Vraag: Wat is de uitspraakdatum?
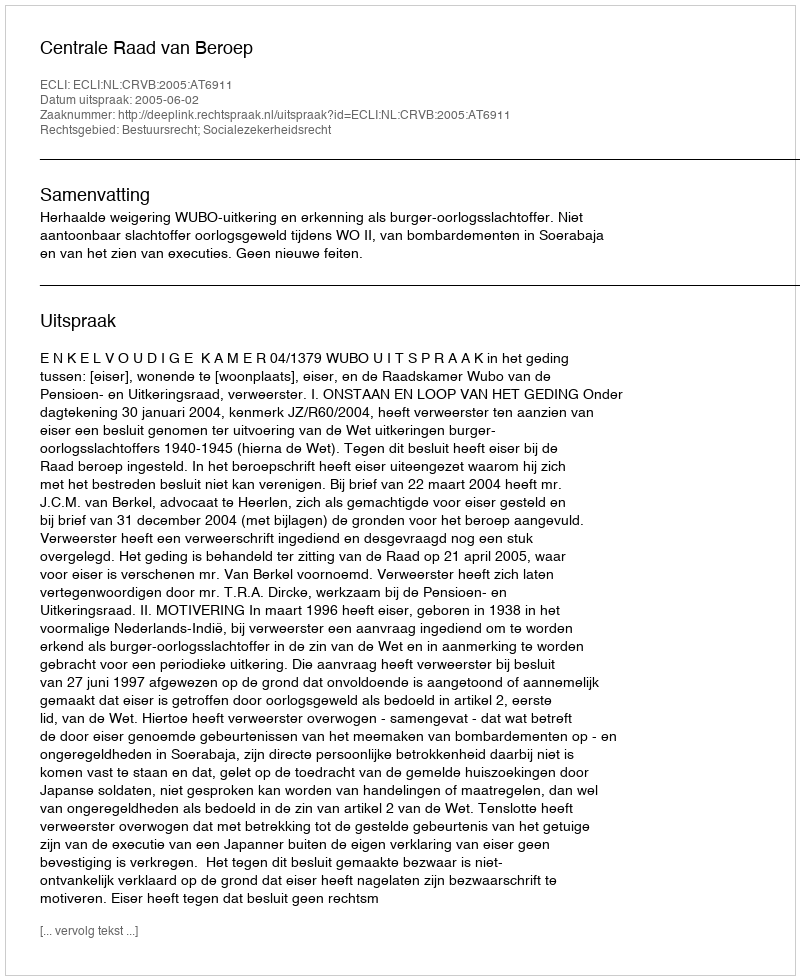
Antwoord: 2005-06-02